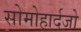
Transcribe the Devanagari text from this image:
सोमोहार्दजो